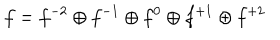
f = f ^ { - 2 } \oplus f ^ { - 1 } \oplus f ^ { 0 } \oplus f ^ { + 1 } \oplus f ^ { + 2 }